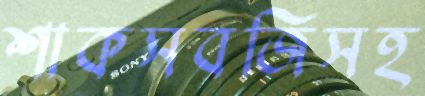
শাকসবজিসহ